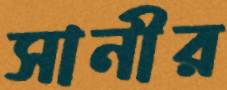
সানীর